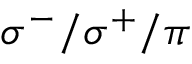
\sigma ^ { - } / \sigma ^ { + } / \pi